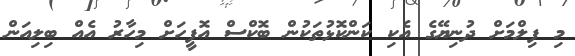
މި ފިލްމަށް ދުނިޔޭގެ އެކި ކަންކޮޅުތަކުން ބޮކްސް އޮފީހަށް މިހާރު އެއް ބިލިއަން